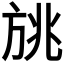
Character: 𰕨